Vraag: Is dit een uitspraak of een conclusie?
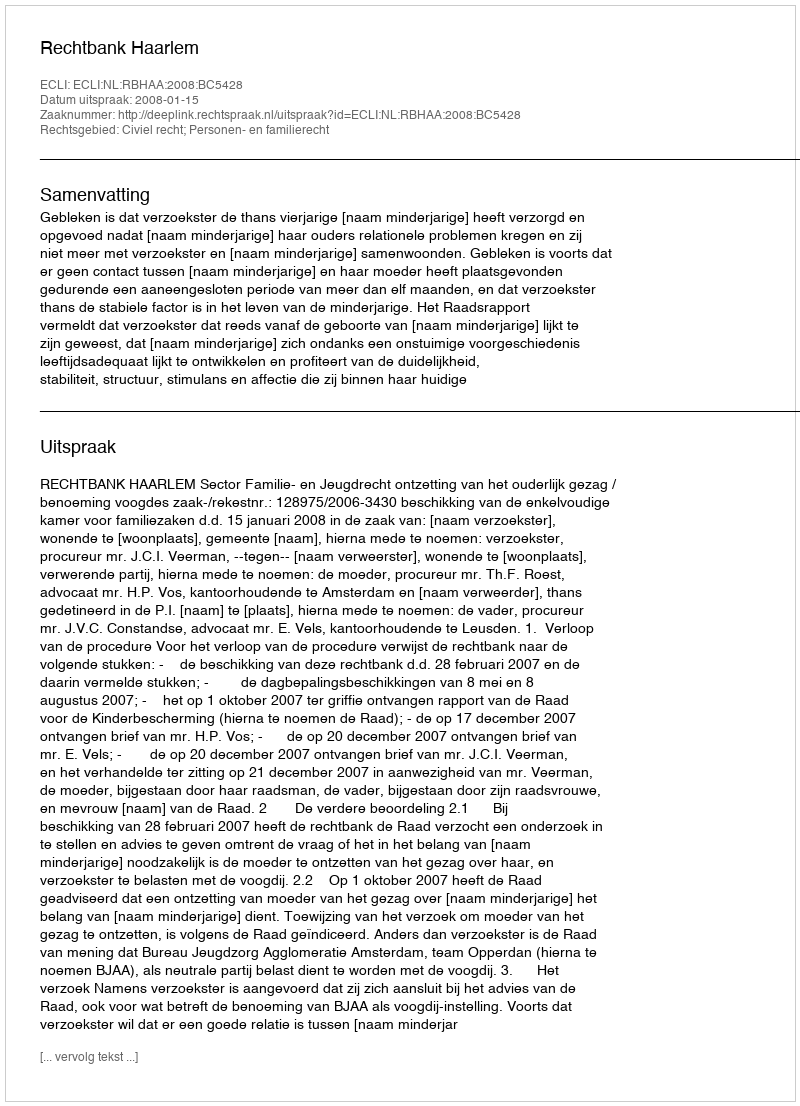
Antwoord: Uitspraak